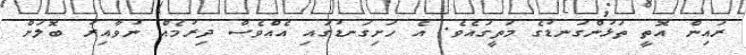
ރައިން އޮތީ ތަޅުންގަނޑުގެ މަތީގައެވެ. އެ ހަށިގަނޑުގައި އެއްވެސް ދިރުމެއް ނުވާއިރު ބޮލަށް